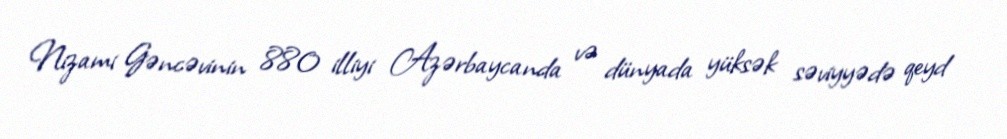
Nizami Gəncəvinin 880 illiyi Azərbaycanda və dünyada yüksək səviyyədə qeyd